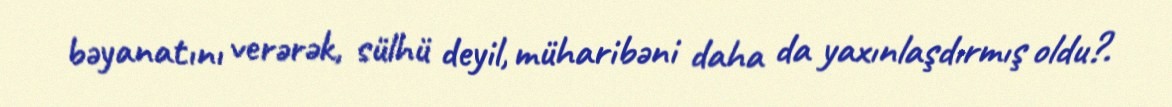
bəyanatını verərək, sülhü deyil, müharibəni daha da yaxınlaşdırmış oldu?.